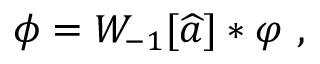
\phi = { \cal W } _ { - 1 } [ \widehat { a } ] \ast \varphi \ ,